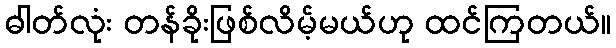
ဓါတ်လုံး တန်ခိုးဖြစ်လိမ့်မယ်ဟု ထင်ကြတယ်။